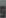
و